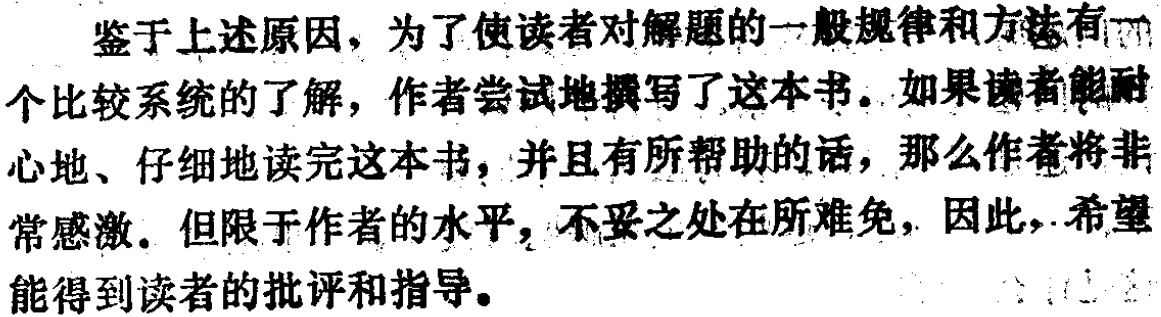
鉴于上述原因，为了使读者对解题的一般规律和方法有一个比较系统的了解，作者尝试地撰写了这本书。如果读者能耐心地、仔细地读完这本书，并且有所帮助的话，那么作者将非常感激。但限于作者的水平，不妥之处在所难免，因此，希望能得到读者的批评和指导。